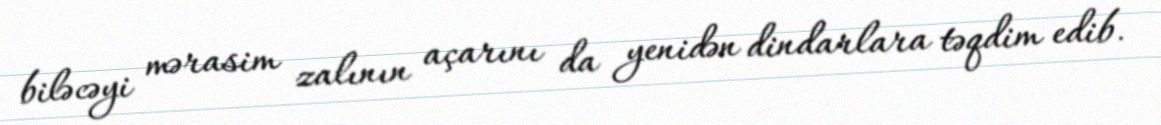
biləcəyi mərasim zalının açarını da yenidən dindarlara təqdim edib.